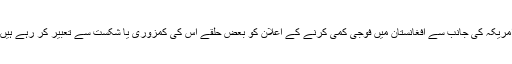
امریکہ کی جانب سے افغانستان میں فوجی کمی کرنے کے اعلان کو بعض حلقے اس کی کمزوری یا شکست سے تعبیر کر رہے ہیں۔